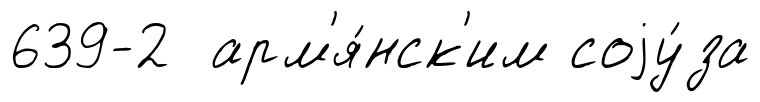
639-2 арм'я́нск'им соjу́за